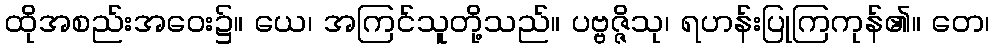
ထိုအစည်းအဝေး၌။ ယေ၊ အကြင်သူတို့သည်။ ပဗ္ဗဇ္ဇိသု၊ ရဟန်းပြုကြကုန်၏။ တေ၊